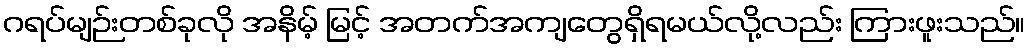
ဂရပ်မျဉ်းတစ်ခုလို အနိမ့် မြင့် အတက်အကျတွေရှိရမယ်လို့လည်း ကြားဖူးသည်။